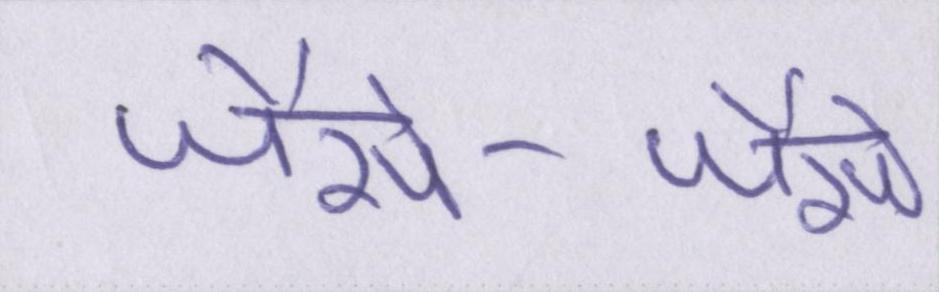
जैसे-जैसे